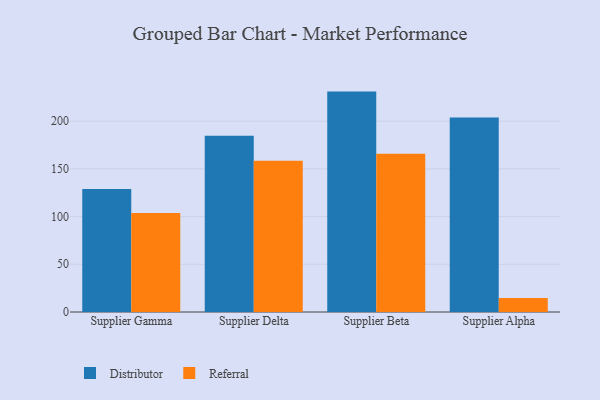
{"axis": {"x": "Supplier", "y": "Churn Rate (%)"}, "legend": ["Distributor", "Referral"], "data": [{"x": "Supplier Gamma", "y": 129.0, "type": "Distributor"}, {"x": "Supplier Gamma", "y": 103.8, "type": "Referral"}, {"x": "Supplier Delta", "y": 184.6, "type": "Distributor"}, {"x": "Supplier Delta", "y": 158.4, "type": "Referral"}, {"x": "Supplier Beta", "y": 231.0, "type": "Distributor"}, {"x": "Supplier Beta", "y": 165.9, "type": "Referral"}, {"x": "Supplier Alpha", "y": 203.8, "type": "Distributor"}, {"x": "Supplier Alpha", "y": 14.8, "type": "Referral"}]}